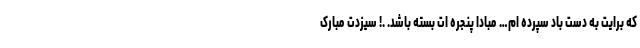
که برایت به دست باد سپرده ام… مبادا پنجره ات بسته باشد. .! سیزدت مبارک